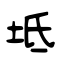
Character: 坻